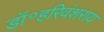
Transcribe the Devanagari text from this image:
डॉ॰हरिवंशराय